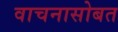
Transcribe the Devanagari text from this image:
वाचनासोबत